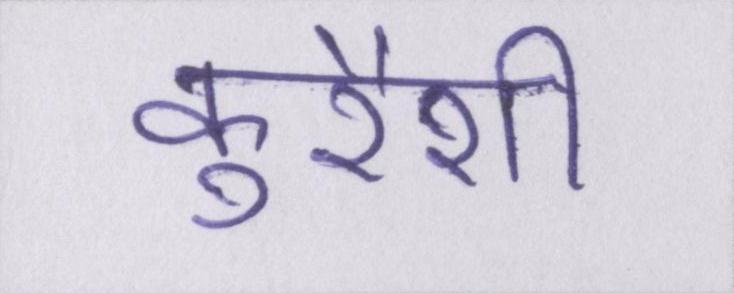
कुरैशी